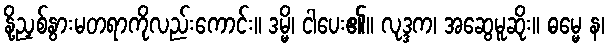
နို့ညှစ်နွားမတရာကိုလည်းကောင်း။ ဒမ္မိ၊ ငါပေး၏။ လုဒ္ဒက၊ အဆွေမူဆိုး။ ဓမ္မေ န၊